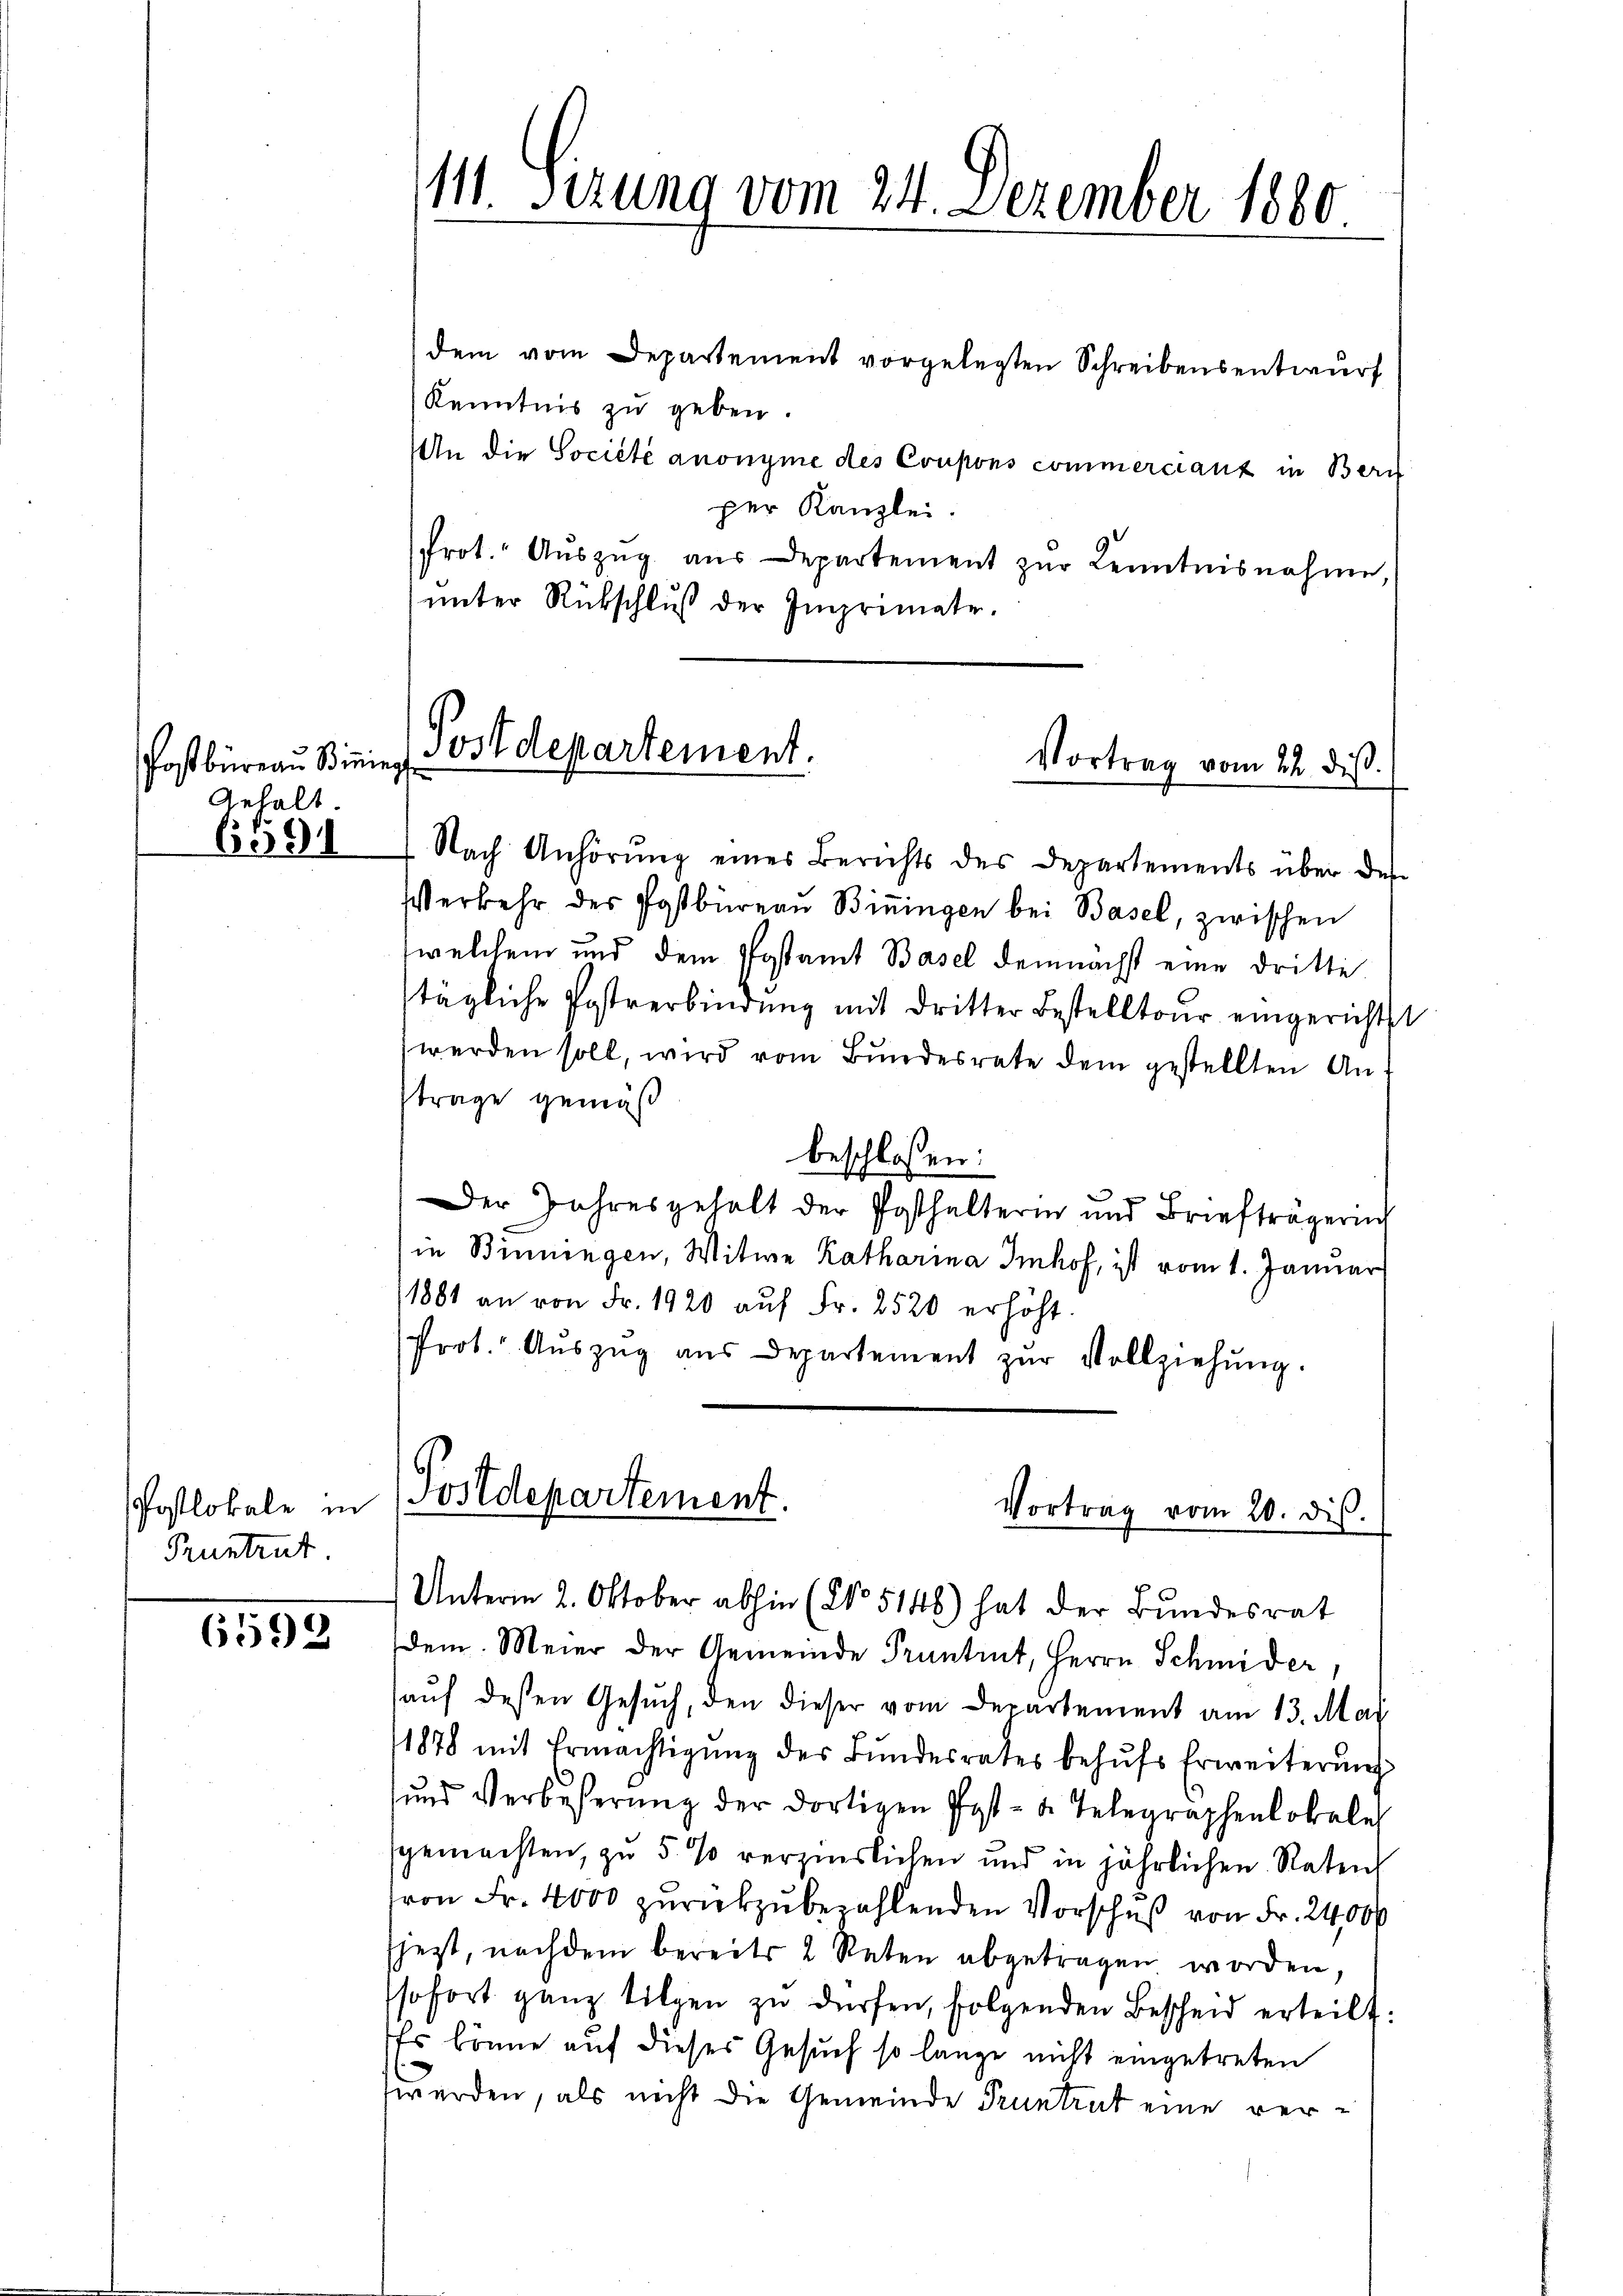
Postbüreau Bining
Gehalt.
6591

Postlokale in
Pruntrut

6592

111. Sizung vom 24. Dezember 1880

dem vom Departement vorgelegten Schreibensentwurf
Kenntnis zu geben.
An die Société anonyme des Coupons commerciant in Bern
per Kanzlei.
frot. Auszug aus Departement zŭr Kenntnisnahme,
unter Rückschluß der Imprimate.
Nach Anhörung eines Berichts des Departements über des
Verkehr der Postbüreaŭ Biningen bei Basel, zwischen
welchem und dem Postamt Basel demnächst eine dritte
tägliche Postverbindung mit dritter Bestelltour eingerichtst
werden soll, wird vom Bundesrate dem gestellten Antrage gemäß
beschlossen:
Der Jahresgehalt der Posthalterin und Briefträgerin
in Binningen, Witwe Katharina Imhof, ist vom 1. Januar
1881 an von Fr. 1920 auf Fr. 2520 erhöht.
Prot. Aŭszŭg aŭs Departement zŭr Vollziehŭng.

Postdepartement.
Vortrag vom 22. dieß.

Unterm 2. Oktober abhin (No 5148) hat der Bundesrat
dem. Meier der Gemeinde Prantent, Herrn Schmider
aŭf dessen Gesŭch, den dieser vom Departement am 13. Mai
1878 mit Ermächtigŭng des Bŭndesrates behŭfs Erweiterung
ŭnd Verbeßerung der dortigen Post- u. Telegraphenlokales
sgemachten, zu 5 % verzinslichen und in jährlichen Raten
von Fr. 4000 zurückzubezahlenden Vorschuß von Fr. 24000
sjezt, nachdem bereits 2 Reten abgetragen worden,
sofort ganz tilgen zŭ dürfen, folgenden Bescheid erteilt:
Es könne auf dieses Gesuch so lange nicht eingetreten
werden, als nicht die Gemeinde Pruntrut eine ver¬

Postdepartement.
Vortrag vom 20. dis.